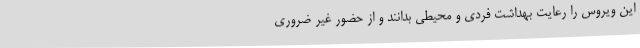
این ویروس را رعایت بهداشت فردی و محیطی بدانند و از حضور غیر ضروری